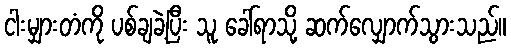
ငါးမျှားတံကို ပစ်ချခဲ့ပြီး သူ ခေါ်ရာသို့ ဆက်လျှောက်သွားသည်။